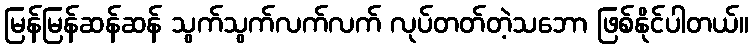
မြန်မြန်ဆန်ဆန် သွက်သွက်လက်လက် လုပ်တတ်တဲ့သဘော ဖြစ်နိုင်ပါတယ်။